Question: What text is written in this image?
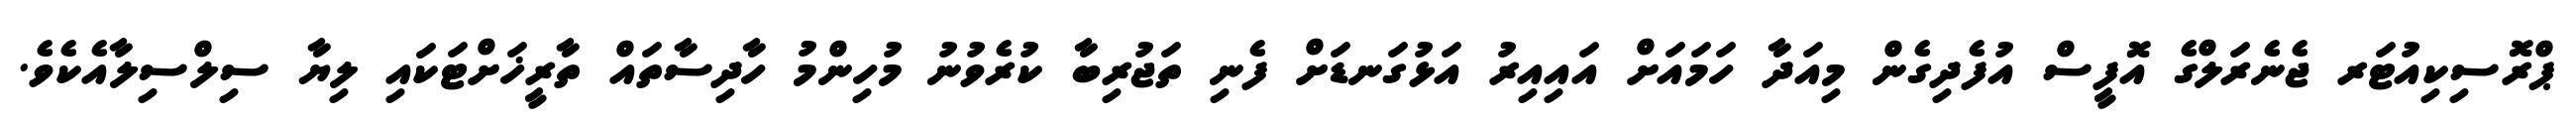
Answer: ޕްރޮސިކިއުޓަރ ޖެނެރަލްގެ އޮފީސް އުފެދިގެން މިއަދާ ހަމައަށް އައިއިރު އަޅުގަނޑަށް ފެނި ތަޖުރިބާ ކުރެވުނު މުހިންމު ހާދިސާތައް ތާރީޚަށްޓަކައި ލިޔާ ސިލްސިލާއެކެވެ.